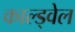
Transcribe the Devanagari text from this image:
काल्ड्वेल